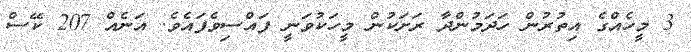
3 މީހެއްގެ އިތުރުން ހަދަމުންދާ ރަށަކުން މީހަކުވަނީ ފައްސިވެފައެވެ. އަނެއް 207 ކޭސް